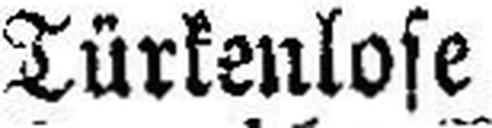
Türkenlose